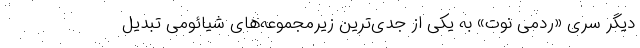
دیگر سری «ردمی نوت» به یکی از جدی‌ترین زیرمجموعه‌های شیائومی تبدیل